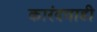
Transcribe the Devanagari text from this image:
कारंदवाडी